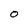
Character: 0